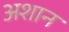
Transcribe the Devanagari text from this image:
अशान